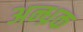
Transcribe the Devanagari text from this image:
अन्ध्रक